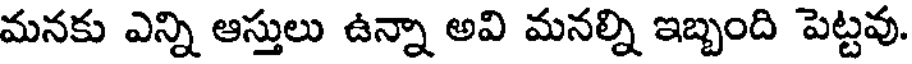
మనకు ఎన్ని ఆస్తులు ఉన్నా అవి మనల్ని ఇబ్బంది పెట్టవు.